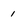
Character: 1